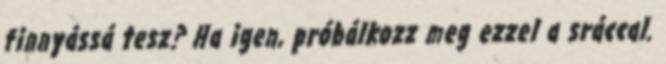
finnyássá tesz? Ha igen, próbálkozz meg ezzel a sráccal.